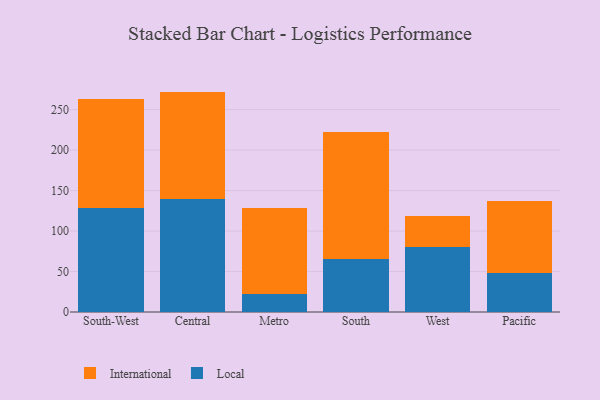
{"axis": {"x": "Region", "y": "Conversion Rate (%)"}, "legend": ["International", "Local"], "data": [{"x": "South-West", "y": 128.6, "type": "Local"}, {"x": "South-West", "y": 134.3, "type": "International"}, {"x": "Central", "y": 139.7, "type": "Local"}, {"x": "Central", "y": 132.6, "type": "International"}, {"x": "Metro", "y": 22.3, "type": "Local"}, {"x": "Metro", "y": 106.3, "type": "International"}, {"x": "South", "y": 65.9, "type": "Local"}, {"x": "South", "y": 155.9, "type": "International"}, {"x": "West", "y": 80.1, "type": "Local"}, {"x": "West", "y": 38.5, "type": "International"}, {"x": "Pacific", "y": 48.4, "type": "Local"}, {"x": "Pacific", "y": 88.5, "type": "International"}]}